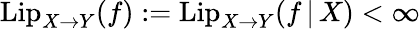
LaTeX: \mathrm{Lip}_{X\to Y}(f):=\mathrm{Lip}_{X\to Y}(f\, |\, X)<\infty